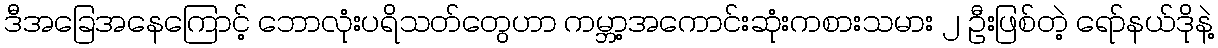
ဒီအခြေအနေကြောင့် ဘောလုံးပရိသတ်တွေဟာ ကမ္ဘာ့အကောင်းဆုံးကစားသမား ၂ ဦးဖြစ်တဲ့ ရော်နယ်ဒိုနဲ့